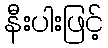
နီးပါးဖြင့်